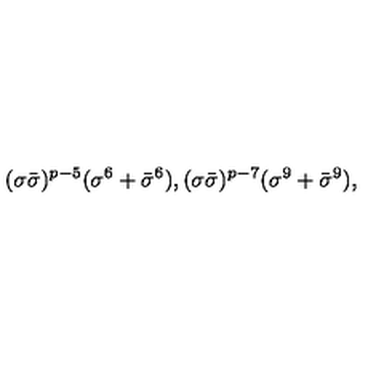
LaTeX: ( \sigma \bar { \sigma } ) ^ { p - 5 } ( \sigma ^ { 6 } + \bar { \sigma } ^ { 6 } ) , ( \sigma \bar { \sigma } ) ^ { p - 7 } ( \sigma ^ { 9 } + \bar { \sigma } ^ { 9 } ) ,